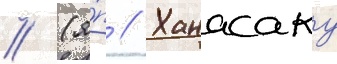
/ (я́п // Ханасаку